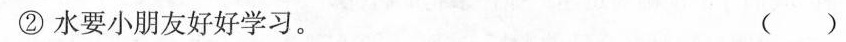
②水要小朋友好好学习。 ( )